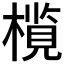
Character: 𬄦